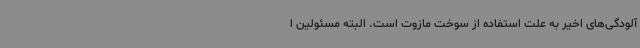
آلودگی‌های اخیر به علت استفاده از سوخت مازوت است. البته مسئولین ا